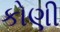
કોણી